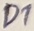
Text: D1